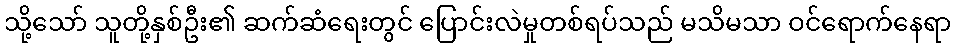
သို့သော် သူတို့နှစ်ဦး၏ ဆက်ဆံရေးတွင် ပြောင်းလဲမှုတစ်ရပ်သည် မသိမသာ ဝင်ရောက်နေရာ